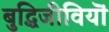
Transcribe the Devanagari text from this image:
बुद्धिजीवियॊं